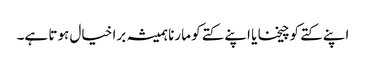
اپنے کتے کو چیخنا یا اپنے کتے کو مارنا ہمیشہ برا خیال ہوتا ہے۔